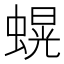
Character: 𮔫